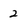
Character: 2